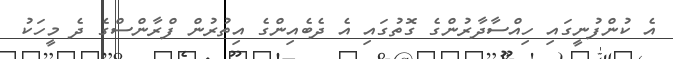
އެ ކުންފުނީގައި ހިއްސާދާރުންގެ ގޮތުގައި އެ ދެބެއިންގެ އިތުރުން ފްރާންސްގެ ދެ މީހަކު